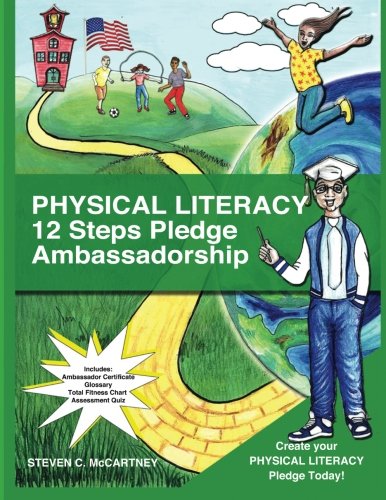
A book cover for Physical Literacy 12 Steps Pledge Ambassadorship: I Dance for Physical Literacy 12 Steps; Steven C. McCartney; Teen & Young Adult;